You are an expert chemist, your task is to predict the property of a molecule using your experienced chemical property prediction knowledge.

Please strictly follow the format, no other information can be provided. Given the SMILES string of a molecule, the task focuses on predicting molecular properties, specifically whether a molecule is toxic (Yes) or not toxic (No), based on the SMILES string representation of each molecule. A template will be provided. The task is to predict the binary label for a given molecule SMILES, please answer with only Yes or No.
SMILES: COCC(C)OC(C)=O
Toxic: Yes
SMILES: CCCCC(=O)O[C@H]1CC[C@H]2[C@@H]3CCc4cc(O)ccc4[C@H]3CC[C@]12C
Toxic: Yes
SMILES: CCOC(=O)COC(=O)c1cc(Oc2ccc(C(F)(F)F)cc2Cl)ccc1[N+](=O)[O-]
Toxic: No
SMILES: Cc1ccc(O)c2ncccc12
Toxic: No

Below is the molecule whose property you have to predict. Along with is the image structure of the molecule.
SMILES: CCOc1ccc(NS(=O)(=O)c2ccc(N)cc2)nn1
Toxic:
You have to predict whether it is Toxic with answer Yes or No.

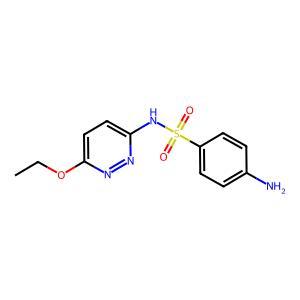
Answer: No